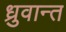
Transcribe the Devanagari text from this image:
ध्रुवान्त